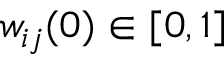
w _ { i j } ( 0 ) \in [ 0 , 1 ]